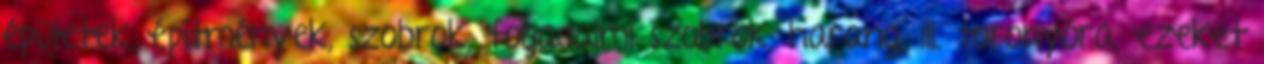
épületek, építmények, szobrok, fogadalmi szobrok, harang, ill. toronyóra, ezeket